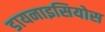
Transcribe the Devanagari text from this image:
डायनाइसियोस